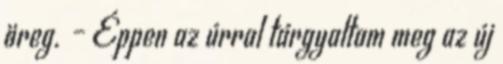
öreg. – Éppen az úrral tárgyaltam meg az új